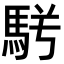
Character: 𩢣